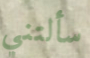
سألتني